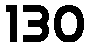
130